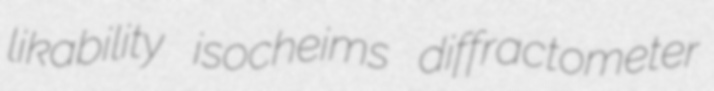
likability isocheims diffractometer